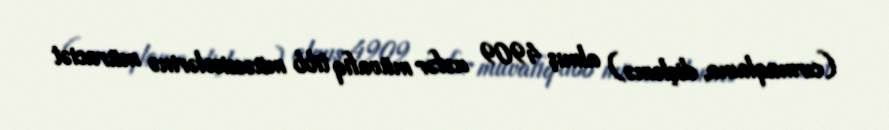
(cırmaqlama, dişləmə) almış 4909 nəfər müvafiq tibb müəssisələrinə müraciət